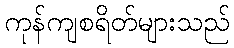
ကုန်ကျစရိတ်များသည်